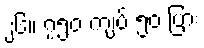
၂၆။ ၇၅၀ ကျပ် ၅၀ ပြား